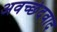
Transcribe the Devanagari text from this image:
अवच्छेदवाद